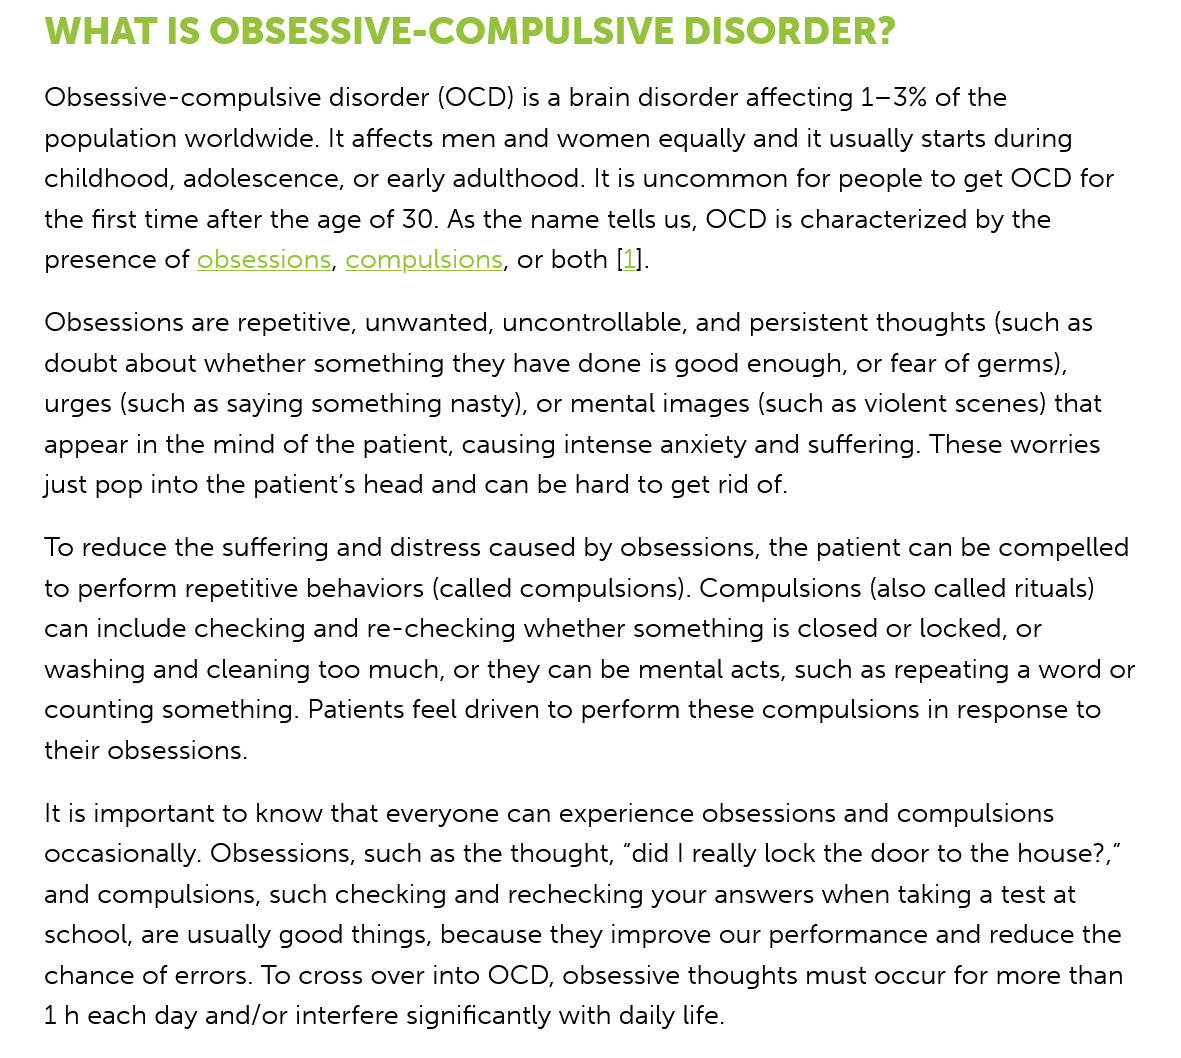
WHAT  IS    OBSESSIVE-COMPULSIVE    DISORDER?
    Obsessive-compulsive disorder (OCD) is a brain disorder affecting 1-3% of the
    population worldwide. It affects men and women equally and it usually starts during
    childhood, adolescence, or early adulthood. It is uncommon for people to get OCD for
    the first time after the age of 30. As the name tells us, OCD is characterized by the
    presence of obsessions, compulsions, or both [I].
    Obsessions are repetitive, unwanted, uncontrollable, and persistent thoughts (such as
    doubt about whether something they have done is good enough, or fear of germs),
    urges (such as saying something nasty), or mental images (such as violent scenes) that
    appear in the mind of the patient, causing intense anxiety and suffering. These worries
    just pop into the patient's head and can be hard to get rid of.
    To reduce the suffering and distress caused by obsessions, the patient can be compelled
    to perform repetitive behaviors (called compulsions). Compulsions (also called rituals)
    can include checking and re-checking whether something is closed or locked, or
    washing and cleaning too much, or they can be mental acts, such as repeating a word or
    counting something. Patients feel driven to perform these compulsions in response to
    their obsessions.
    It is important to know that everyone can experience obsessions and compulsions
    occasionally. Obsessions, such as the thought, “did | really lock the door to the house?,”
    and compulsions, such checking and rechecking your answers when taking a test at
    school, are usually good things, because they improve our performance and reduce the
    chance of errors. To cross over into OCD, obsessive thoughts must occur for more than
    1h each day and/or interfere significantly with daily life.